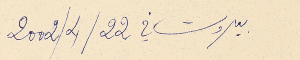
بيروت في 2002/4/22